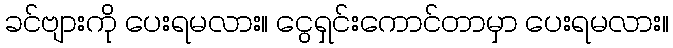
ခင်ဗျားကို ပေးရမလား။ ငွေရှင်းကောင်တာမှာ ပေးရမလား။